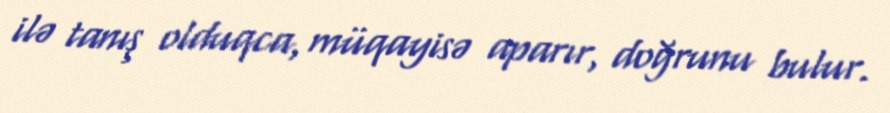
ilə tanış olduqca, müqayisə aparır, doğrunu bulur.